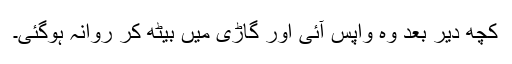
کچھ دیر بعد وہ واپس آئی اور گاڑی میں بیٹھ کر روانہ ہوگئی۔